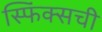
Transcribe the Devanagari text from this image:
स्फिंक्सची